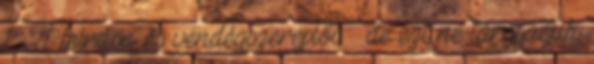
1×21 leírása és vendégszereplői: – de ezt ne tárgyaéjuk